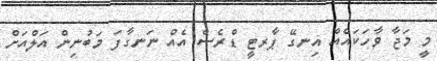
މީ މަޖާ ވާހަކައެއް އިނގޭ ޕާރޓީ ޑްރެސް އެއް ނަނގާފަ މަބުނިން އަލްއަށް